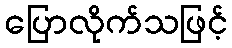
ပြောလိုက်သဖြင့်